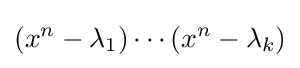
\left(x^{n}-\lambda _{1}\right)\cdots \left(x^{n}-\lambda _{k}\right)